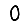
Digit: 0